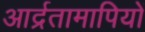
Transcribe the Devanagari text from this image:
आर्द्रतामापियों